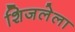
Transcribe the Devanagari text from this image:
शिजलेला